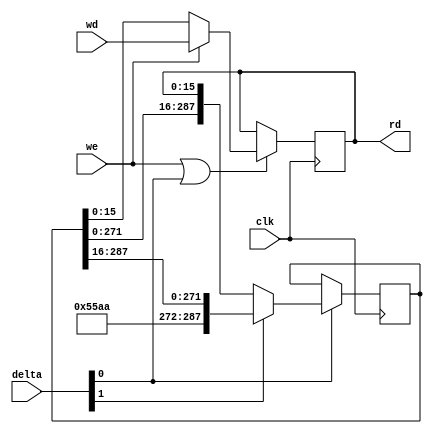
`default_nettype none
`define WIDTH 16

module stack2( 
  input wire clk,
  output wire [`WIDTH-1:0] rd,
  input wire we,
  input wire [1:0] delta,
  input wire [`WIDTH-1:0] wd);
  parameter DEPTH = 18;
  localparam BITS = (`WIDTH * DEPTH) - 1;

  wire move = delta[0];

  reg [15:0] head;
  reg [BITS:0] tail;
  wire [15:0] headN;
  wire [BITS:0] tailN;

  assign headN = we ? wd : tail[15:0];
  assign tailN = delta[1] ? {16'h55aa, tail[BITS:16]} : {tail[BITS-16:0], head};

  always @(posedge clk) begin
    if (we | move)
      head <= headN;
    if (move)
      tail <= tailN;
  end

  assign rd = head;

`ifdef VERILATOR
  int depth /* verilator public_flat */;
  always @(posedge clk) begin
    if (delta == 2'b11)
      depth <= depth - 1;
    if (delta == 2'b01)
      depth <= depth + 1;
  end
`endif

endmodule